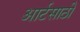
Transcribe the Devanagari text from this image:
आर्टसाठी